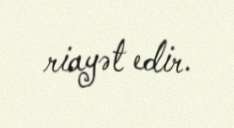
riayət edir.